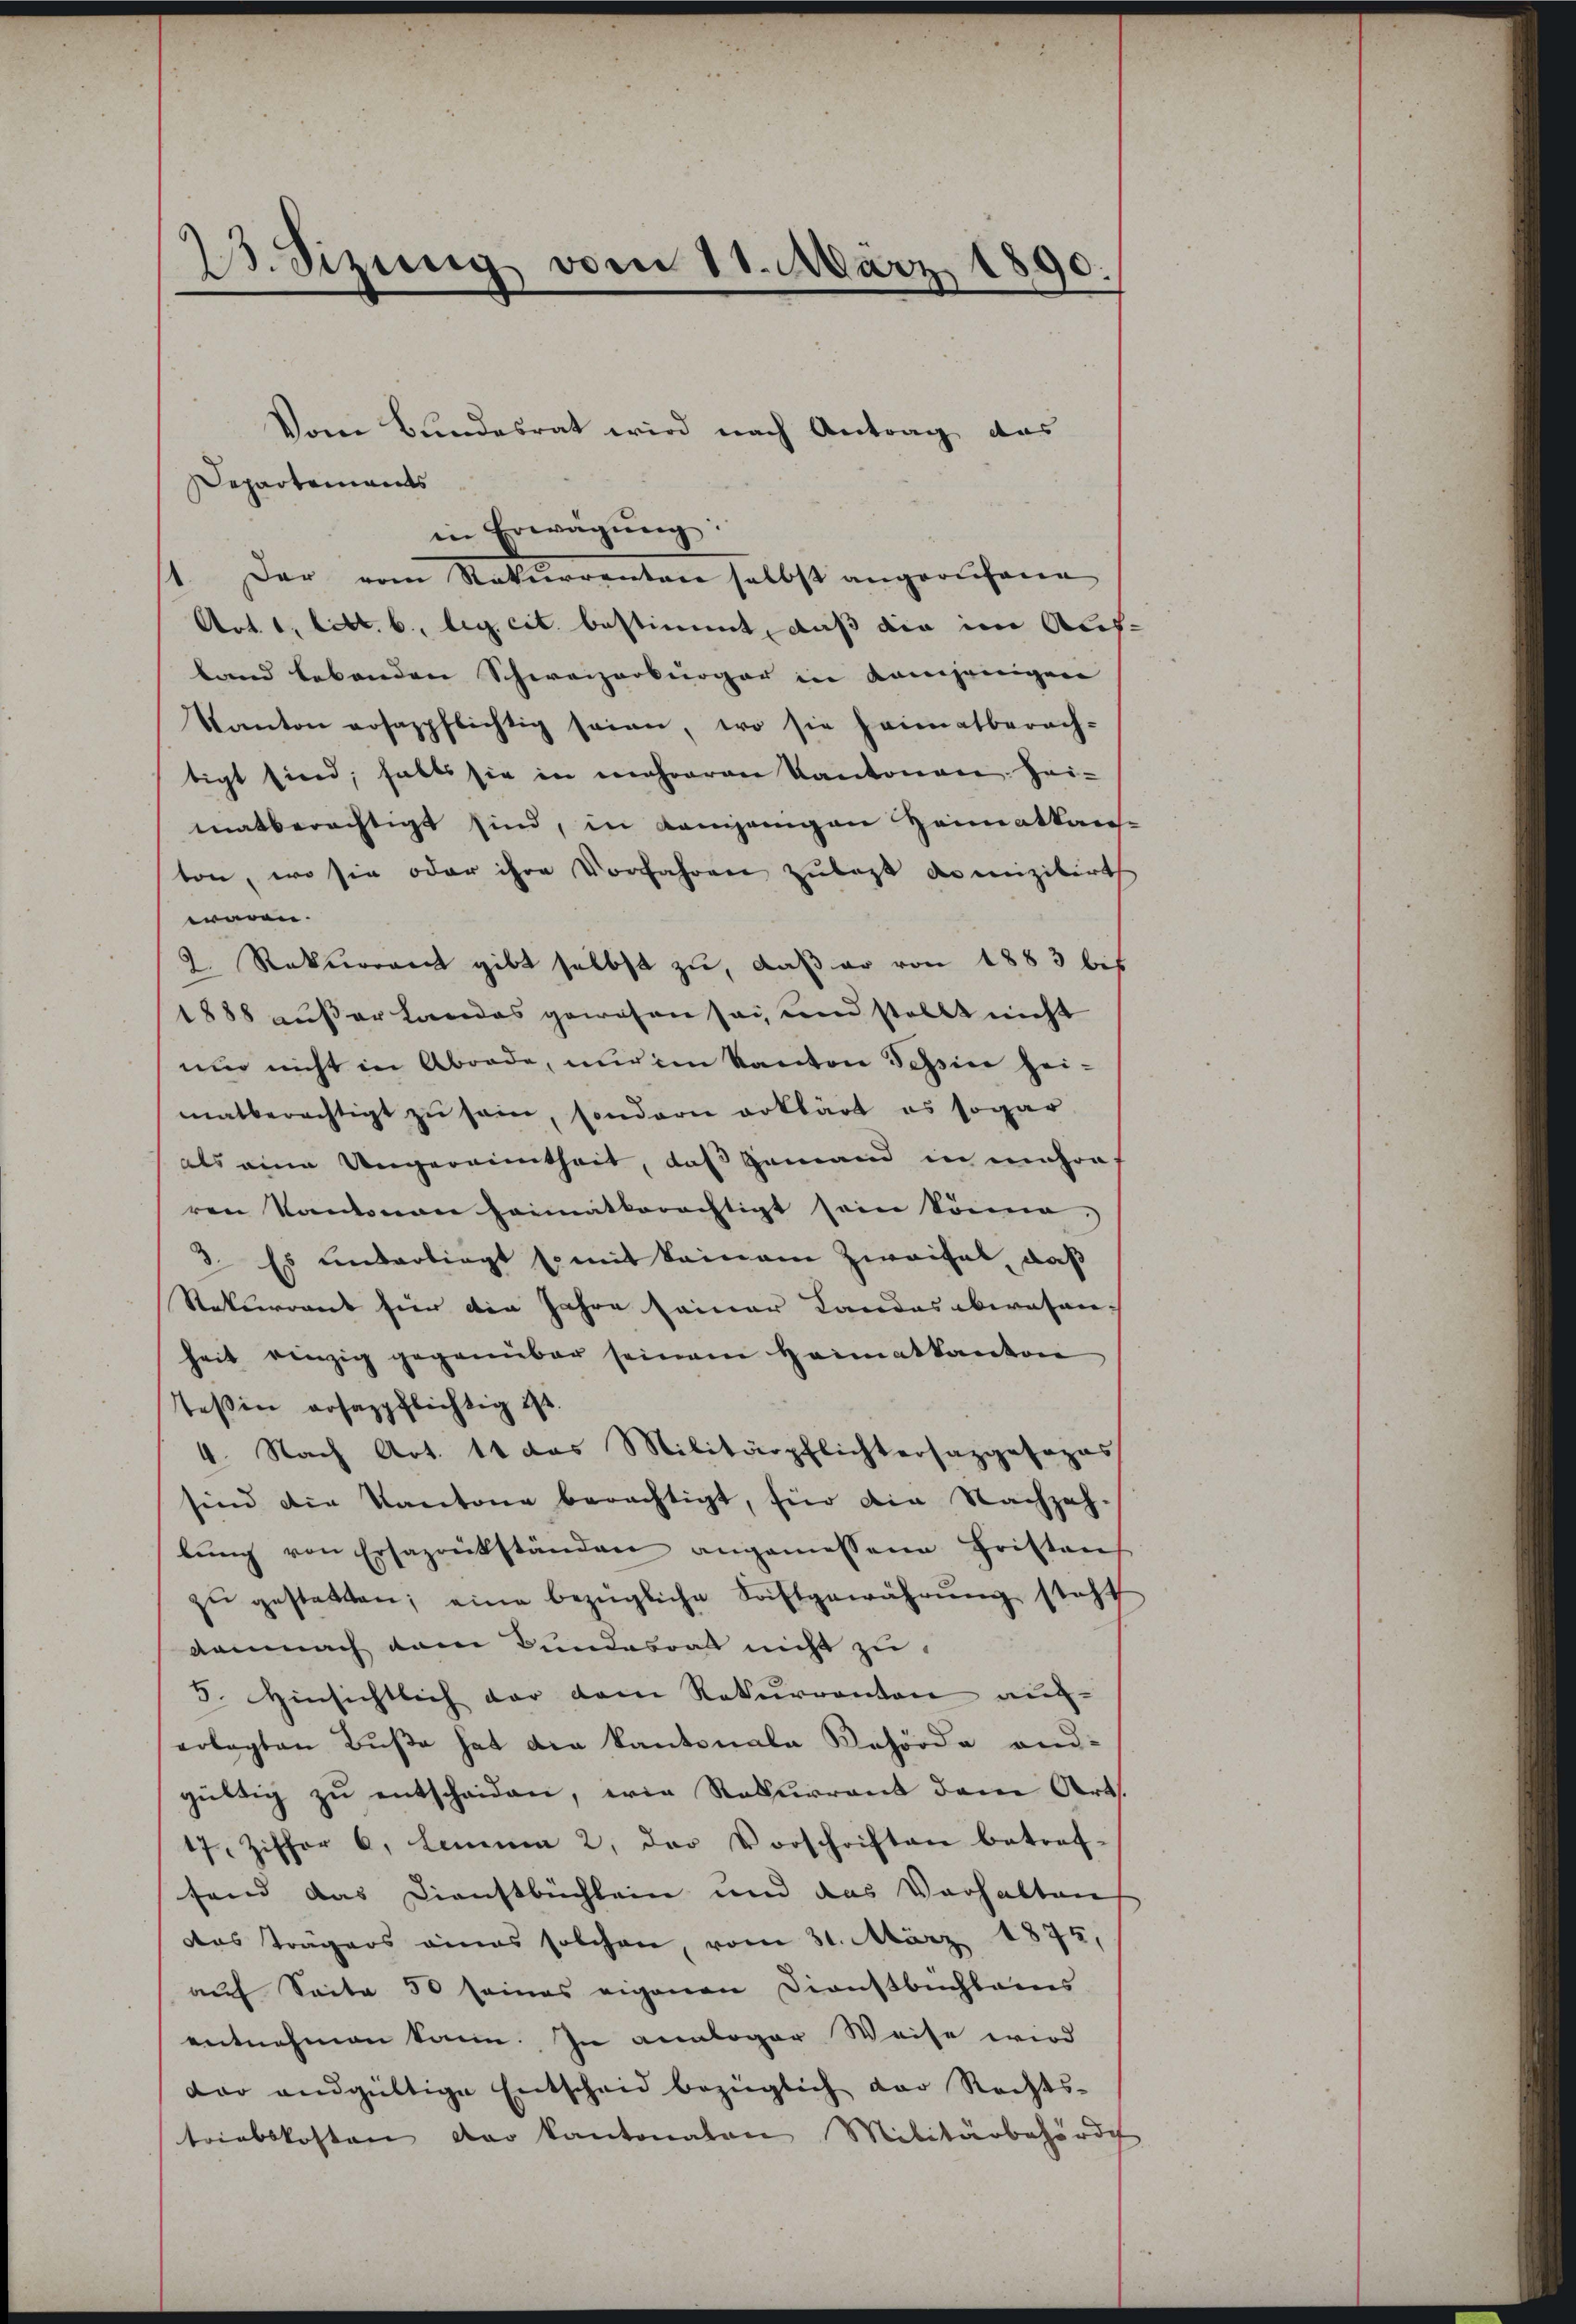
2. Sizung vom 11. März 1890.

Vom Bundesrat wird nach Antrag das
Departements
in Erwägŭng:
Der vom Naturrenten selbst angerufene
Art. 1, litt. b., leg cit. bestimmt, daß die im Alch-
land lebenden Schweizerbürger in demjenigen
Kanton rosappflichtig seien, wo sie heimatberach-
tigt sind, falls sie in mehreren Kantonen. Hei-
matberechtigt sind, in Kamjenigen Heimatkans-
ton, wo sie oder ihre Vorfahren zulast domizilirt
wären.
2. Rekurrent gibt selbst zu, daß er von 1883 bis
1888 außer Landes gewesen sei, und stellt nicht
nur nicht in Aborde, nur im Kanton Tessine hei-
matberechtigt zŭ sein, sondern erklärt es sogar
als eine Ungereimtheit, daß jemand in mehre
ren Kantonen heimatberechtigt sein könne.
3. Es unterliegt somit keinem Zweifel, daß
Stekurrent für die Jahre seiner Landas oberosen-
heit einzig gegenüber seinem Heimatkanton
Teßin rosazpflichtig ist.
4. Nach Art. 11 das Militärpflichtersazpofopas
sind die Kantone berechtigt, für die Nachzah-
bŭng von Ersazrükständen angemessene Fristens
zŭ gestatten; eine bezügliche Saftgewährŭng steht
damnach dem Bundesrath nicht zu
5. Hinsichtlich der dem Rekurrenten auf-
erlegten Bŭβe hat die Kantonale Behörde and-
gültig zŭ entscheiden, wie Rekurrent dem Art.
17, Ziffer 6. Lemma 2 der Vorschriften betref-
fand das Dienstbüchlein und das Verhalten
das Tragers eines solchen, vom 31. März 1875,
auf Seite 50 seines eigenen Dienstbuchbarns
entnehmen kann. In analoger Weise wird
dar andgültige Entscheid bezüglich der Rechts-
triebskosten der Kantonalen Militärbehörde